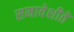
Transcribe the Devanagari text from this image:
समावेशीते